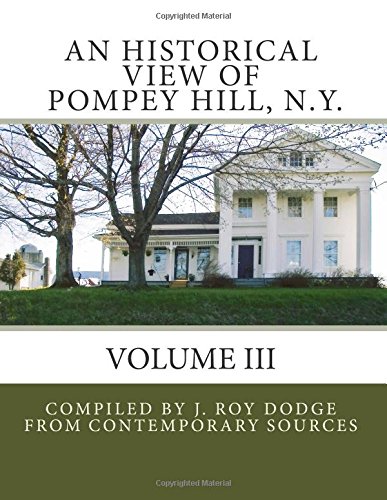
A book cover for An Historical View of Pompey Hill, NY Volume III (Volume 3); J. Roy Dodge; History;